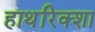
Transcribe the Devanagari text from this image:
हाथरिक्शा